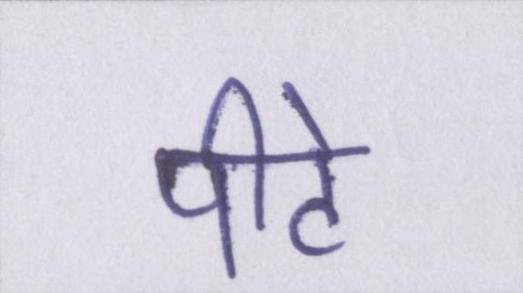
पीटे